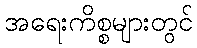
အရေးကိစ္စများတွင်